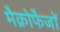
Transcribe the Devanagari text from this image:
मैक्रोफैजों